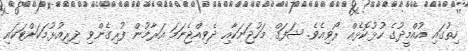
ހިތުގައި އުއްމީދުގެ ހުޅުކޮޅެއް ރޯވިއެވެ. ޝަފަޤް މަހުޖަނަކާއި ދެވިއްޖެނަމަ އަރާމުން ފުރިގެންވި ދިރިއުޅުމަކަށްޓަކައި